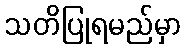
သတိပြုရမည်မှာ